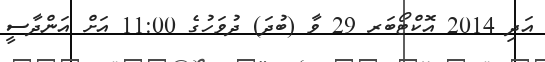
އަދި 2014 އޮކްޓޯބަރ 29 ވާ (ބުދަ) ދުވަހުގެ 11:00 އަށް އަންދާސީ